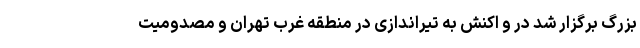
بزرگ برگزار شد در و اکنش به تیراندازی در منطقه غرب تهران و مصدومیت